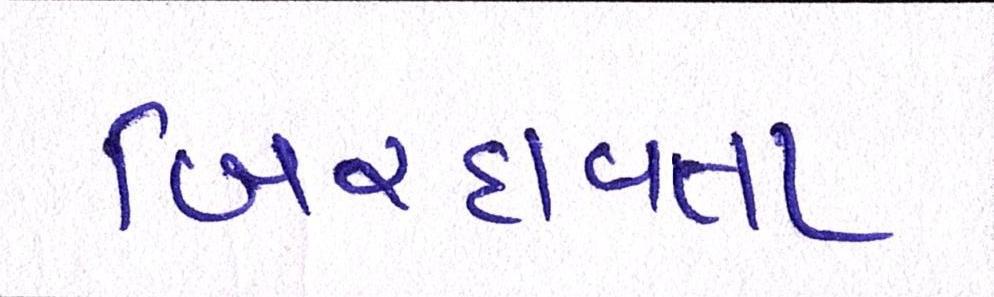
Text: બિરદાવતા